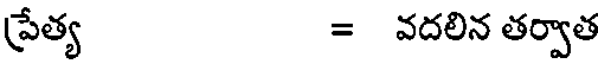
ప్రేత్య = వదలిన తర్వాత